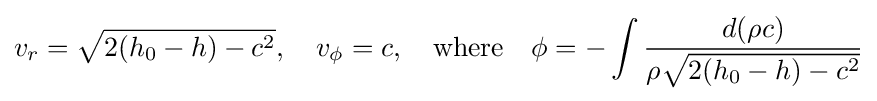
v_{r}={\sqrt {2(h_{0}-h)-c^{2}}},\quad v_{\phi }=c,\quad {\text{where}}\quad \phi =-\int {\frac {d(\rho c)}{\rho {\sqrt {2(h_{0}-h)-c^{2}}}}}